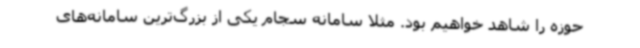
حوزه را شاهد خواهیم بود. مثلا سامانه سجام یکی از بزرگ‌ترین سامانه‌های